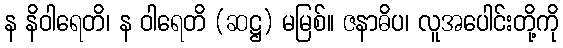
န နိဝါရေတိ၊ န ဝါရေတိ (ဆဋ္ဌ) မမြစ်။ ဇနာဓိပ၊ လူအပေါင်းတို့ကို